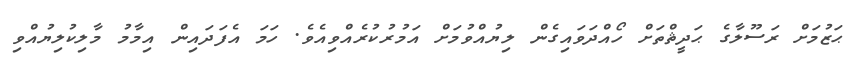
ޙަޒުމަށް ރަސޫލާގެ ޙަދީޘްތަށް ހޯއްދަވައިގެން ލިޔުއްވުމަށް އަމުރުކުރެއްވިއެވެ. ހަމަ އެފަދައިން އިމާމު މާލިކުލިޔުއްވި